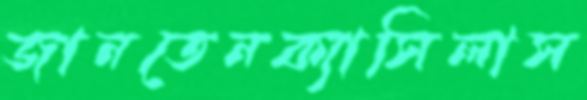
জানতেনক্যাসিলাস